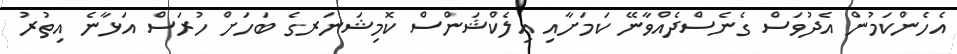
އެހެންކަމުން އެދުވަސް ގެނެސްދެއްވާނޭ ކަމަށާއި އިލެކްޝަންސް ކޮމިޝަނަރގެ ބަހަށް ހުރަސް އަޅާނެ އިތުރު